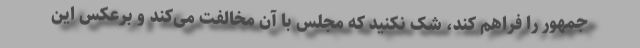
جمهور را فراهم کند، شک نکنید که مجلس با آن مخالفت می‌کند و برعکس این